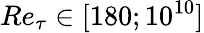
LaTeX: Re_{\tau}\in[180;10^{10}]